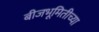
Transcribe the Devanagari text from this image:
बीजभूमितीच्या